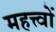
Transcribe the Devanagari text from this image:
महत्त्वों